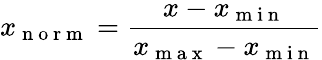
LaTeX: x_{\mathrm{~n~o~r~m~}}=\frac{x-x_{\mathrm{~m~i~n~}}}{x_{\mathrm{~m~a~x~}}-x_{\mathrm{~m~i~n~}}}